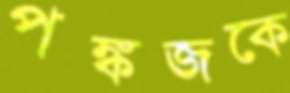
পঙ্কজকে